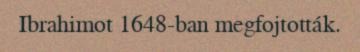
Ibrahimot 1648-ban megfojtották.